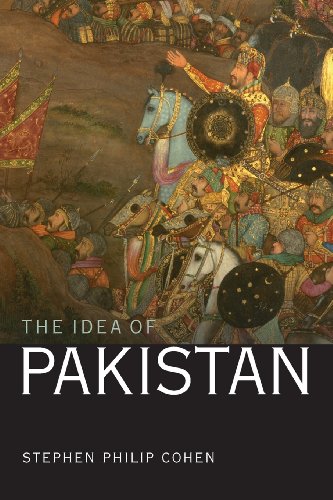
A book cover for The Idea of Pakistan; Stephen P. Cohen; History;